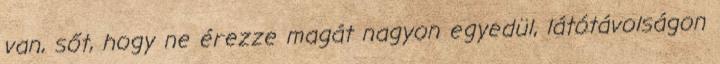
van, sőt, hogy ne érezze magát nagyon egyedül, látótávolságon